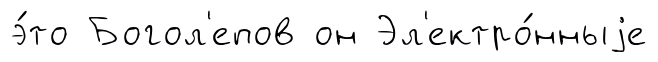
э́то Богол'епов он Эл'ектро́нныjе